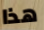
هذا